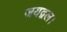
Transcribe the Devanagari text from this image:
जयद्वल।